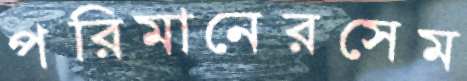
পরিমানেরসেম